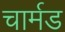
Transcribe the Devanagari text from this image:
चार्मड